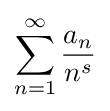
\sum _{n=1}^{\infty }{\frac {a_{n}}{n^{s}}}